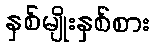
နှစ်မျိုးနှစ်စား